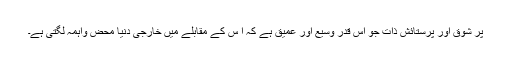
پُر شوق اور پُرستائش ذات جو اس قدر وسیع اور عمیق ہے کہ ا س کے مقابلے میں خارجی دنیا محض واہمہ لگتی ہے۔